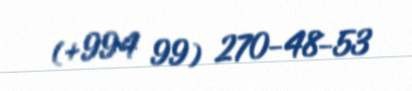
(+994 99) 270-48-53